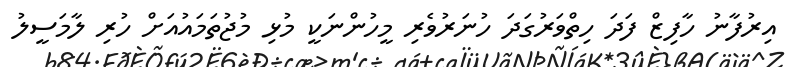
އިރުފާނު ހާފިޒް ފަދަ ހިތްވަރުގަދަ ހުނަރުވެރި މީހުންނަކީ މުޅި މުޖުތަމައުއަށް ހުރި ލާމަސީލު